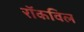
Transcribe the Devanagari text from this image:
रॉकविल